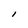
Character: l